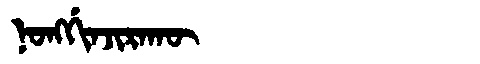
Manchu: ᠨᠣᠩᡤᡳᠨᠵᡳᡵᠠᡴᡡ
Romanization: NONGGINJIRAKŪ